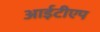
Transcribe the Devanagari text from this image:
आईटीएप